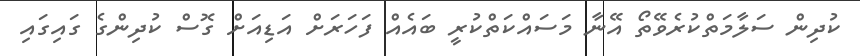
ކުދިން ސަލާމަތްކުރެވޭތޯ އޭނާ މަސައްކަތްކުރީ ބައެއް ފަހަރަށް އަޑިއަށް ގޮސް ކުދިންގެ ގައިގައި